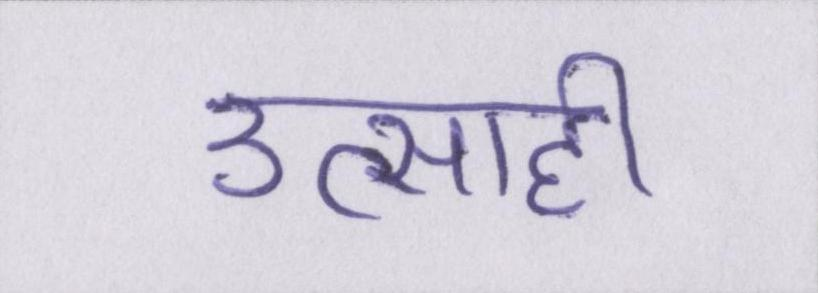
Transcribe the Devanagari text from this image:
उत्साही